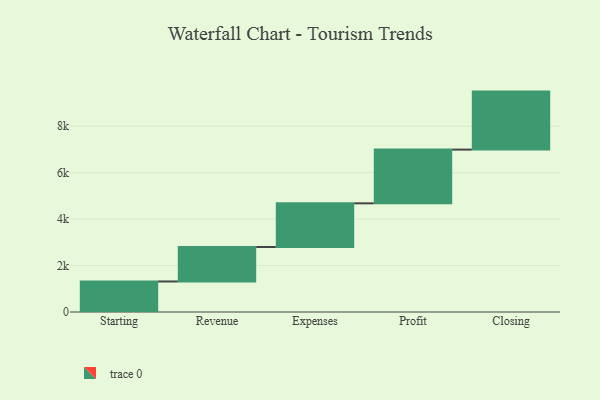
{"axis": {"x": "Step", "y": "Value"}, "legend": [""], "data": [{"x": "Starting", "y": 1315.0, "type": ""}, {"x": "Revenue", "y": 1484.0, "type": ""}, {"x": "Expenses", "y": 1882.0, "type": ""}, {"x": "Profit", "y": 2314.0, "type": ""}, {"x": "Closing", "y": 2499.0, "type": ""}]}